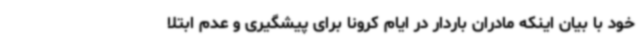
خود با بیان اینکه مادران باردار در ایام کرونا برای پیشگیری و عدم ابتلا